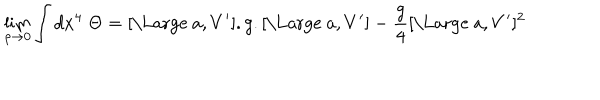
\lim _ { \rho \to 0 } \int d x ^ { 4 } \; \Theta = [ \mathrm { \Large ~ a } , V ^ { \prime } ] . g . [ \mathrm { \Large ~ a } , V ^ { \prime } ] - \frac { g } { 4 } [ \mathrm { \Large ~ a } , V ^ { \prime } ] ^ { 2 }